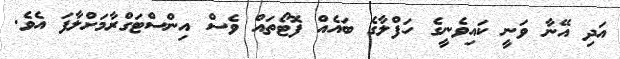
އަދި އޭނާ ވަނީ ކައިވެނީގެ ހަފްލާގެ ބައެއް ފޮޓޯތައް ވެސް އިންސްޓަގްރާމަށްލާފަ އެވެ.